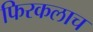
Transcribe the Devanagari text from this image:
फिरकलाच